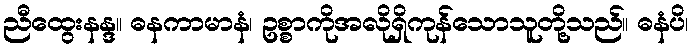
ညီထွေးနန္ဒ။ ဓနကာမာနံ၊ ဥစ္စာကိုအလိုရှိကုန်သောသူတို့သည်။ ဓနံပိ၊